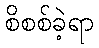
စိစစ်ခဲ့ရာ